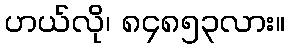
ဟယ်လို၊ ၈၄၈၅၃လား။